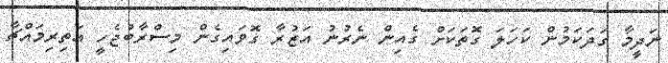
ނަދީމާ ގަދަކަމުން ކަހަލަ ގޮތަކަށް ގެއިން ނެރުނު އަޒުރާ ގޮވައިގެން މިސްރާބުޖެހީ އަތިރިމައްޗާ